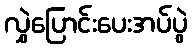
လွှဲပြောင်းပေးအပ်ပွဲ